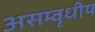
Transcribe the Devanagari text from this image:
असम्वृधीय